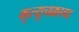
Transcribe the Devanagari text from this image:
मृत्युचक्राचा